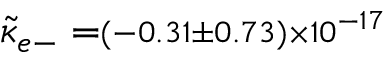
{ \tilde { \kappa } } _ { e - } = \scriptstyle ( - 0 . 3 1 \pm 0 . 7 3 ) \times 1 0 ^ { - 1 7 }